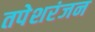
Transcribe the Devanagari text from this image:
तपेशरंजन